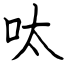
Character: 呔